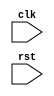
module synchronous_behavioral_block (
    input wire clk,
    input wire rst,
    // other inputs and outputs as needed
);

always @(posedge clk or negedge rst) begin
    if (rst == 1'b0) begin
       // reset logic
    end else begin
        // synchronous logic
    end
end

endmodule